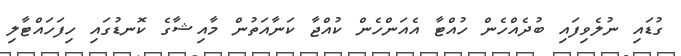
ގުޑައި ނުލެވިފައި ބުދެއްހެން ހުއްޓާ އެއަންހެން ކުއްޖާ ކަނާއަތުން މާއިޝާގެ ކޮނޑުގައި ހިފަހައްޓާލި